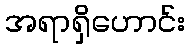
အရာရှိဟောင်း